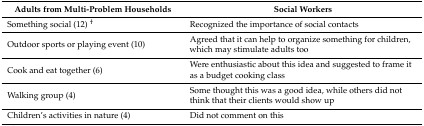
<table><thead><tr><td><b>Adults from Multi-Problem Households</b></td><td><b>Social Workers</b></td></tr></thead><tbody><tr><td>Something social (12) <sup>†</sup></td><td>Recognized the importance of social contacts</td></tr><tr><td>Outdoor sports or playing event (10)</td><td>Agreed that it can help to organize something for children, which may stimulate adults too</td></tr><tr><td>Cook and eat together (6)</td><td>Were enthusiastic about this idea and suggested to frame it as a budget cooking class</td></tr><tr><td>Walking group (4)</td><td>Some thought this was a good idea, while others did not think that their clients would show up</td></tr><tr><td>Children’s activities in nature (4)</td><td>Did not comment on this</td></tr></tbody></table>